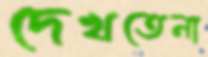
দেখতেনা